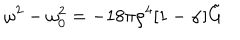
LaTeX: \omega ^ { 2 } - \omega _ { 0 } ^ { 2 } = - 1 8 \pi \rho ^ { 4 } [ 1 - \alpha ] \tilde { G }